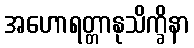
အဟောရတ္တာနုသိက္ခိနာ